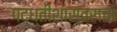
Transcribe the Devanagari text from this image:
पद्ध्तीशास्त्राचा